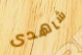
شاهدى